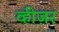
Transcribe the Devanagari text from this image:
व्हीज़र